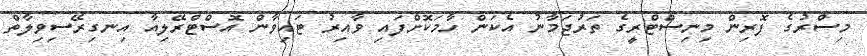
މިސްރުގެ ފޮރިން މިނިސްޓްރީގެ ތަރުޖަމާނު އެކަން ހާމަކޮށްފައި ވާއިރު ޓައިވާން އޮސްޓްރޭލިއާ އިނގިރޭސިވިލާތް